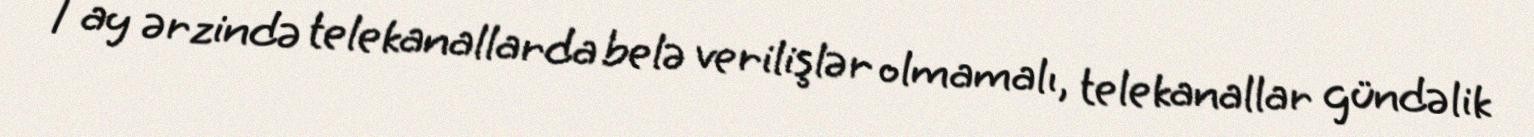
1 ay ərzində telekanallarda belə verilişlər olmamalı, telekanallar gündəlik